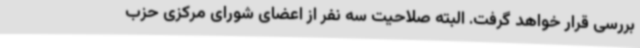
بررسی قرار خواهد گرفت. البته صلاحیت سه نفر از اعضای شورای مرکزی حزب